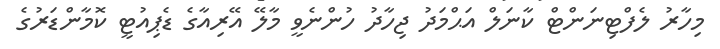
މިހާރު ލެފްޓިނަންޓް ކާނަލް އަޙްމަދު ޖިހާދު ހުންނެވީ މާލޭ އޭރިއާގެ ޑެޕިއުޓީ ކޮމާންޑަރުގެ